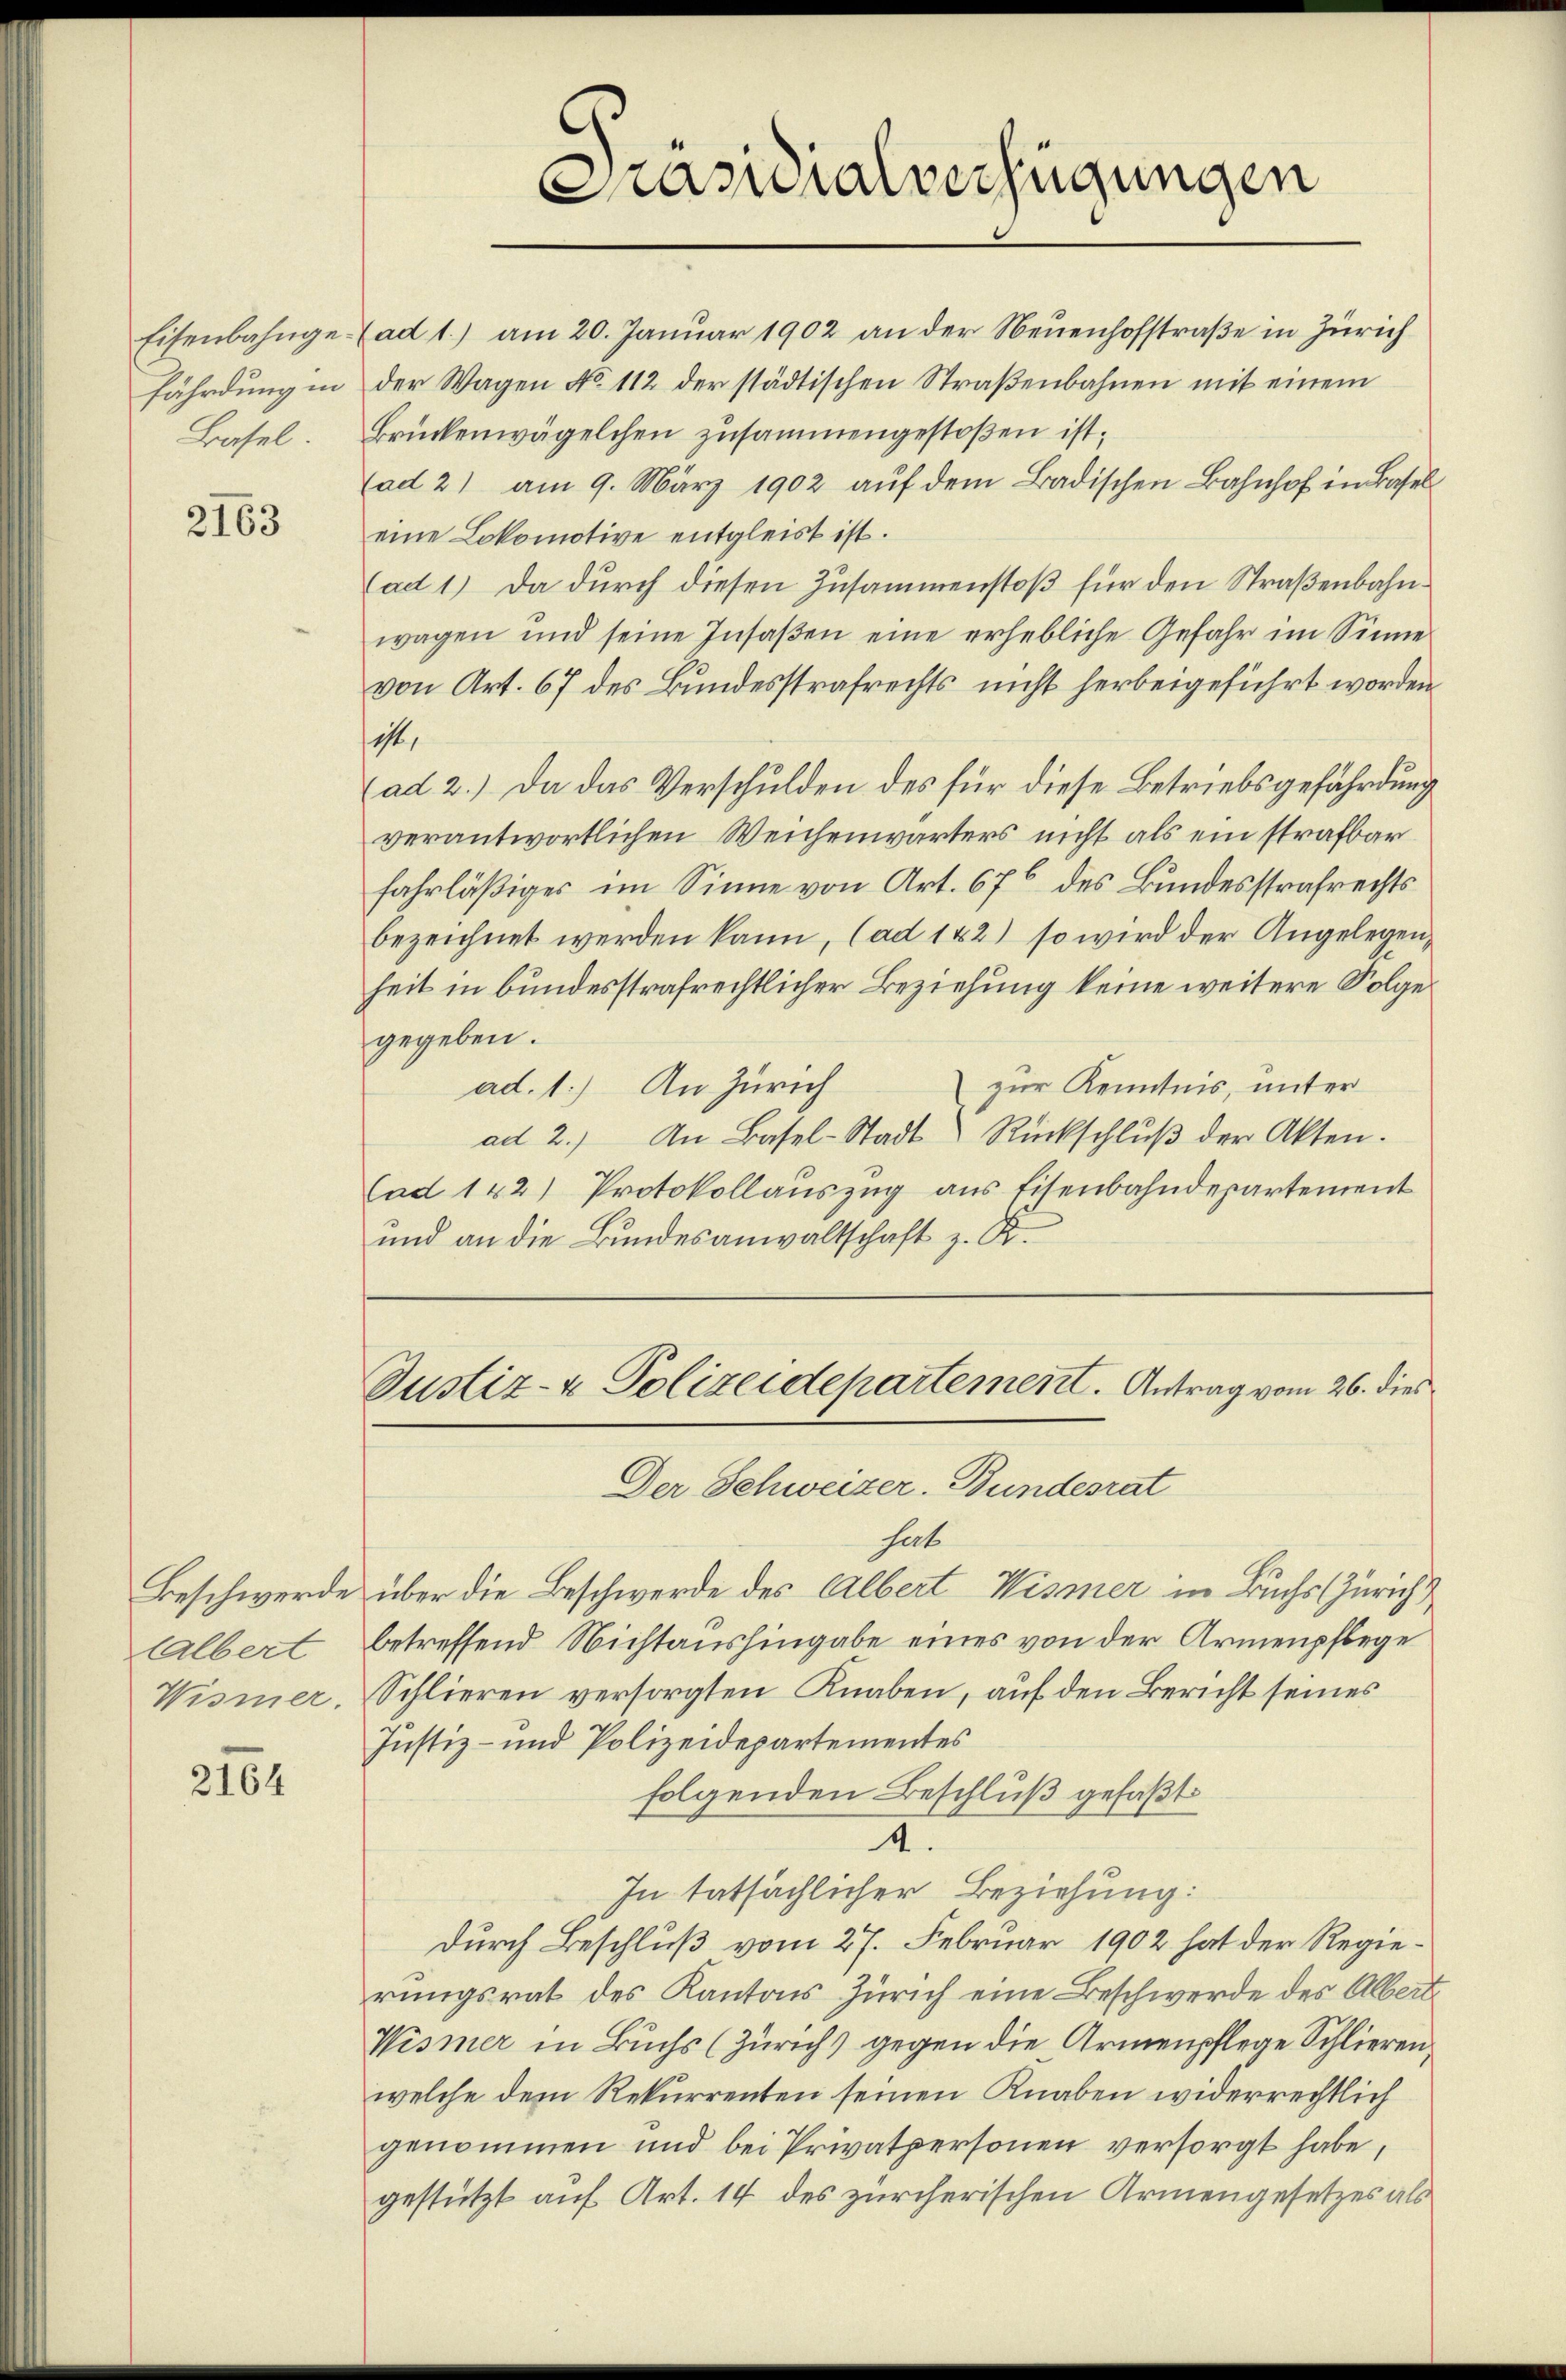
2163

Albert
Wismer.

2164

Eisenbahnge. ad 1.) am 20. Januar 1902 an der Neuenhofstraße in Zürich
fährdung in der Wagen No 112 der städtischen Straßenbahnen mit einem
Basel. Brückenwägelchen zusammengestoßen ist,
(ad 2) am 9. März 1902 auf dem Badischen Bahnhof in Basel
eine Lokomotive entgleist ist.
(ad 1) Da durch diesen Zusammenstoß für den Straßenbahnwagen und seine Insaβen eine erhebliche Gefahr im Sinne
von Art. 67 des Bundesstrafrechts nicht herbeigeführt worden.
est,
(ad 2.) Da das Verschulden des für diese Betriebsgefährdung
verantwortlichen Weichenwärters nicht als ein strafbar
fahrläßiges im Sinne von Art. 676 des Bundesstrafrechts
bezeichnet werden kann, (ad 142) so wird der Angelegen,
heit in bundesstrafrechtlicher Beziehung keine weitere Folge
gegeben.
zur Kenntnis, unter
ad. 1.) An Zürich
ad 2.) In Basel-Stadt Rückschlŭβ der Akten.
Cad 142) Protokollauszug aus Eisenbahndepartement
und an die Bundesanwaltschaft z. R.

Kasialverfügungen

Justiz- & Polizeidepartement. Antrag vom 26. dies

Der Schweizer-Bundesrat
hate
Beschwerde über die Beschwerde des Albert Wismer in Buchs (Zürich
betreffend Nichtaushingabe eines von der Armenpflege
Schlieren versorgten Knaben, auf den Bericht seines
Justiz- und Polizeidepartementes
folgenden Beschluß gefaßt
I.
In tatsächlicher Beziehung:
durch Beschluß vom 27. Februar 1902 hat der Regierungsrat des Kantons Zürich eine Beschwerde des Albert
Wismer in Buchs (Zürich) gegen die Armenpflege Schlieren,
welche dem Rekurrenten seinen Knaben widerrechtlich
genommen und bei Privatpersonen versorgt habe,
gestützt auf Art. 14 des zürcherischen Armengesetzes als